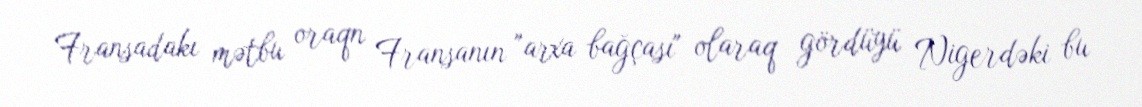
Fransadakı mətbu oraqn Fransanın "arxa bağçası" olaraq gördüyü Nigerdəki bu